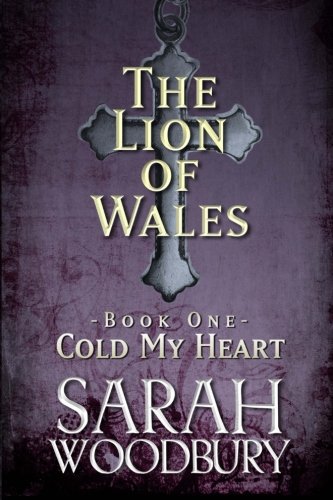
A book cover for Cold My Heart (The Lion of Wales); Sarah Woodbury; Romance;